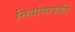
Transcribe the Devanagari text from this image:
निर्वाणापर्यंत